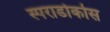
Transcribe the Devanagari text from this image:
स्पराडोकोस